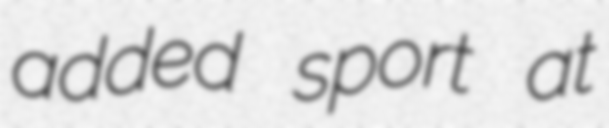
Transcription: added sport at